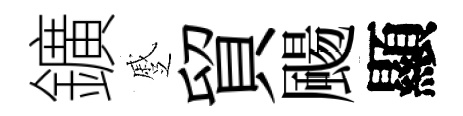
鑛蹙貿颺顯